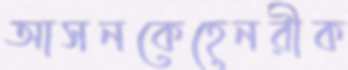
আসনকেহেনরীক